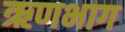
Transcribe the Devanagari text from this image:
ऋणभाग